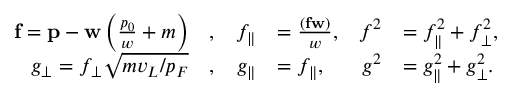
\begin{array} { r l r l r l } { \mathbf { f } = \mathbf { p } - \ensuremath { \mathbf { w } } \left( \frac { p _ { 0 } } { w } + m \right) } & { , } & { f _ { \parallel } } & { = \frac { ( \mathbf { f } \ensuremath { \mathbf { w } } ) } { w } , } & { f ^ { 2 } } & { = f _ { \parallel } ^ { 2 } + f _ { \perp \vphantom { \parallel } } ^ { 2 } , } \\ { g _ { \perp \vphantom { \parallel } } = f _ { \perp \vphantom { \parallel } } \sqrt { m v _ { L } / p _ { F } } } & { , } & { g _ { \parallel } } & { = f _ { \parallel } , } & { g ^ { 2 } } & { = g _ { \parallel } ^ { 2 } + g _ { \perp \vphantom { \parallel } } ^ { 2 } . } \end{array}